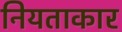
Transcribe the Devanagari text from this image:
नियताकार